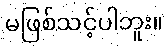
မဖြစ်သင့်ပါဘူး။